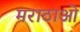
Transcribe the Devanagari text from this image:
मराठाओ